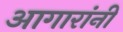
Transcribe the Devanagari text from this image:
आगारांनी